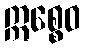
ဣစ္စေဝ